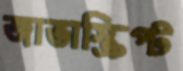
জাভাস্ক্রিপ্ট